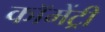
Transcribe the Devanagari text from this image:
कॉमेंट्री